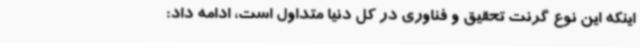
اینکه این نوع گرنت تحقیق و فناوری در کل دنیا متداول است، ادامه داد: